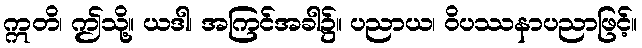
ဣတိ၊ ဤသို့။ ယဒါ၊ အကြင်အခါ၌။ ပညာယ၊ ဝိပဿနာပညာဖြင့်။